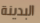
البدينة